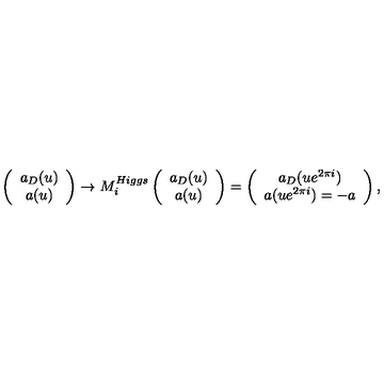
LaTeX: \left( \begin{array} { c } { a _ { D } ( u ) } \\ { a ( u ) } \\ \end{array} \right) \rightarrow M _ { i } ^ { H i g g s } \left( \begin{array} { c } { a _ { D } ( u ) } \\ { a ( u ) } \\ \end{array} \right) = \left( \begin{array} { c } { a _ { D } ( u e ^ { 2 \pi i } ) } \\ { a ( u e ^ { 2 \pi i } ) = - a } \\ \end{array} \right) ,